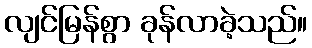
လျင်မြန်စွာ ခုန်လာခဲ့သည်။